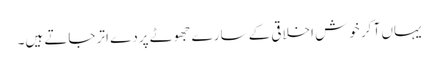
یہاں آ کر خوش اخلاقی کے سارے جھوٹے پردے اتر جاتے ہیں۔